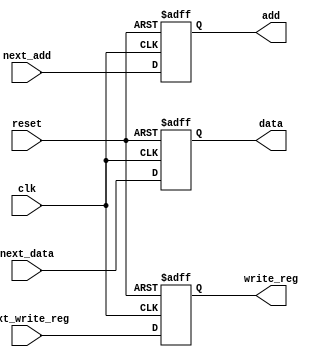
module WB_register(
  input [31:0] next_data,
  input next_write_reg,
  input [4:0] next_add,
  input clk,reset,
  output  reg [31:0] data,
  output  reg write_reg,
  output  reg [4:0] add 
);
  always @(posedge clk or negedge reset) begin
    if(reset == 1'b0) begin
      data <= 0;
      write_reg <= 0;
		add <= 0;
    end
    else begin
      data <= next_data;
      write_reg <= next_write_reg;
		add <= next_add;
    end
  end
endmodule